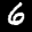
Label: 6